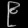
Digit: ၉